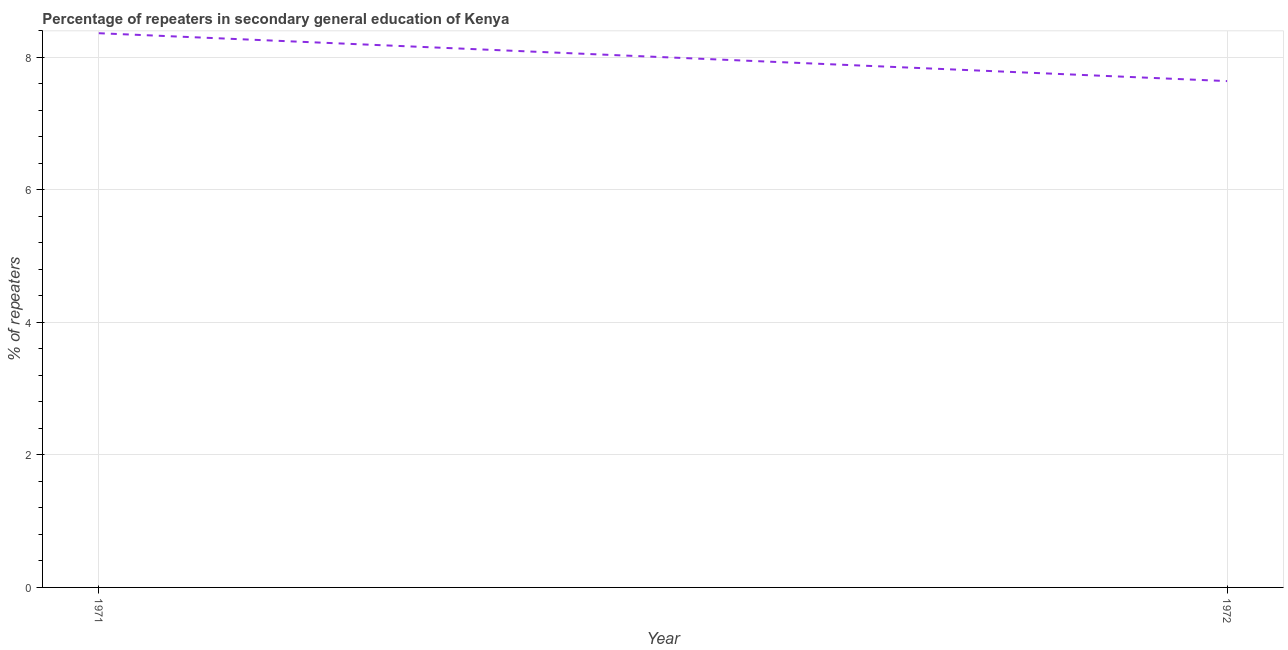
| Year | Percentage of repeaters |
 | --- | --- |
 | 1971 | 8.36 |
 | 1972 | 7.64 |